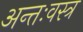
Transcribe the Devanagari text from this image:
अन्तःवस्त्र